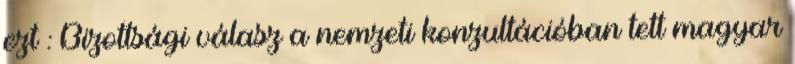
ezt : Bizottsági válasz a nemzeti konzultációban tett magyar